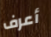
أعرف